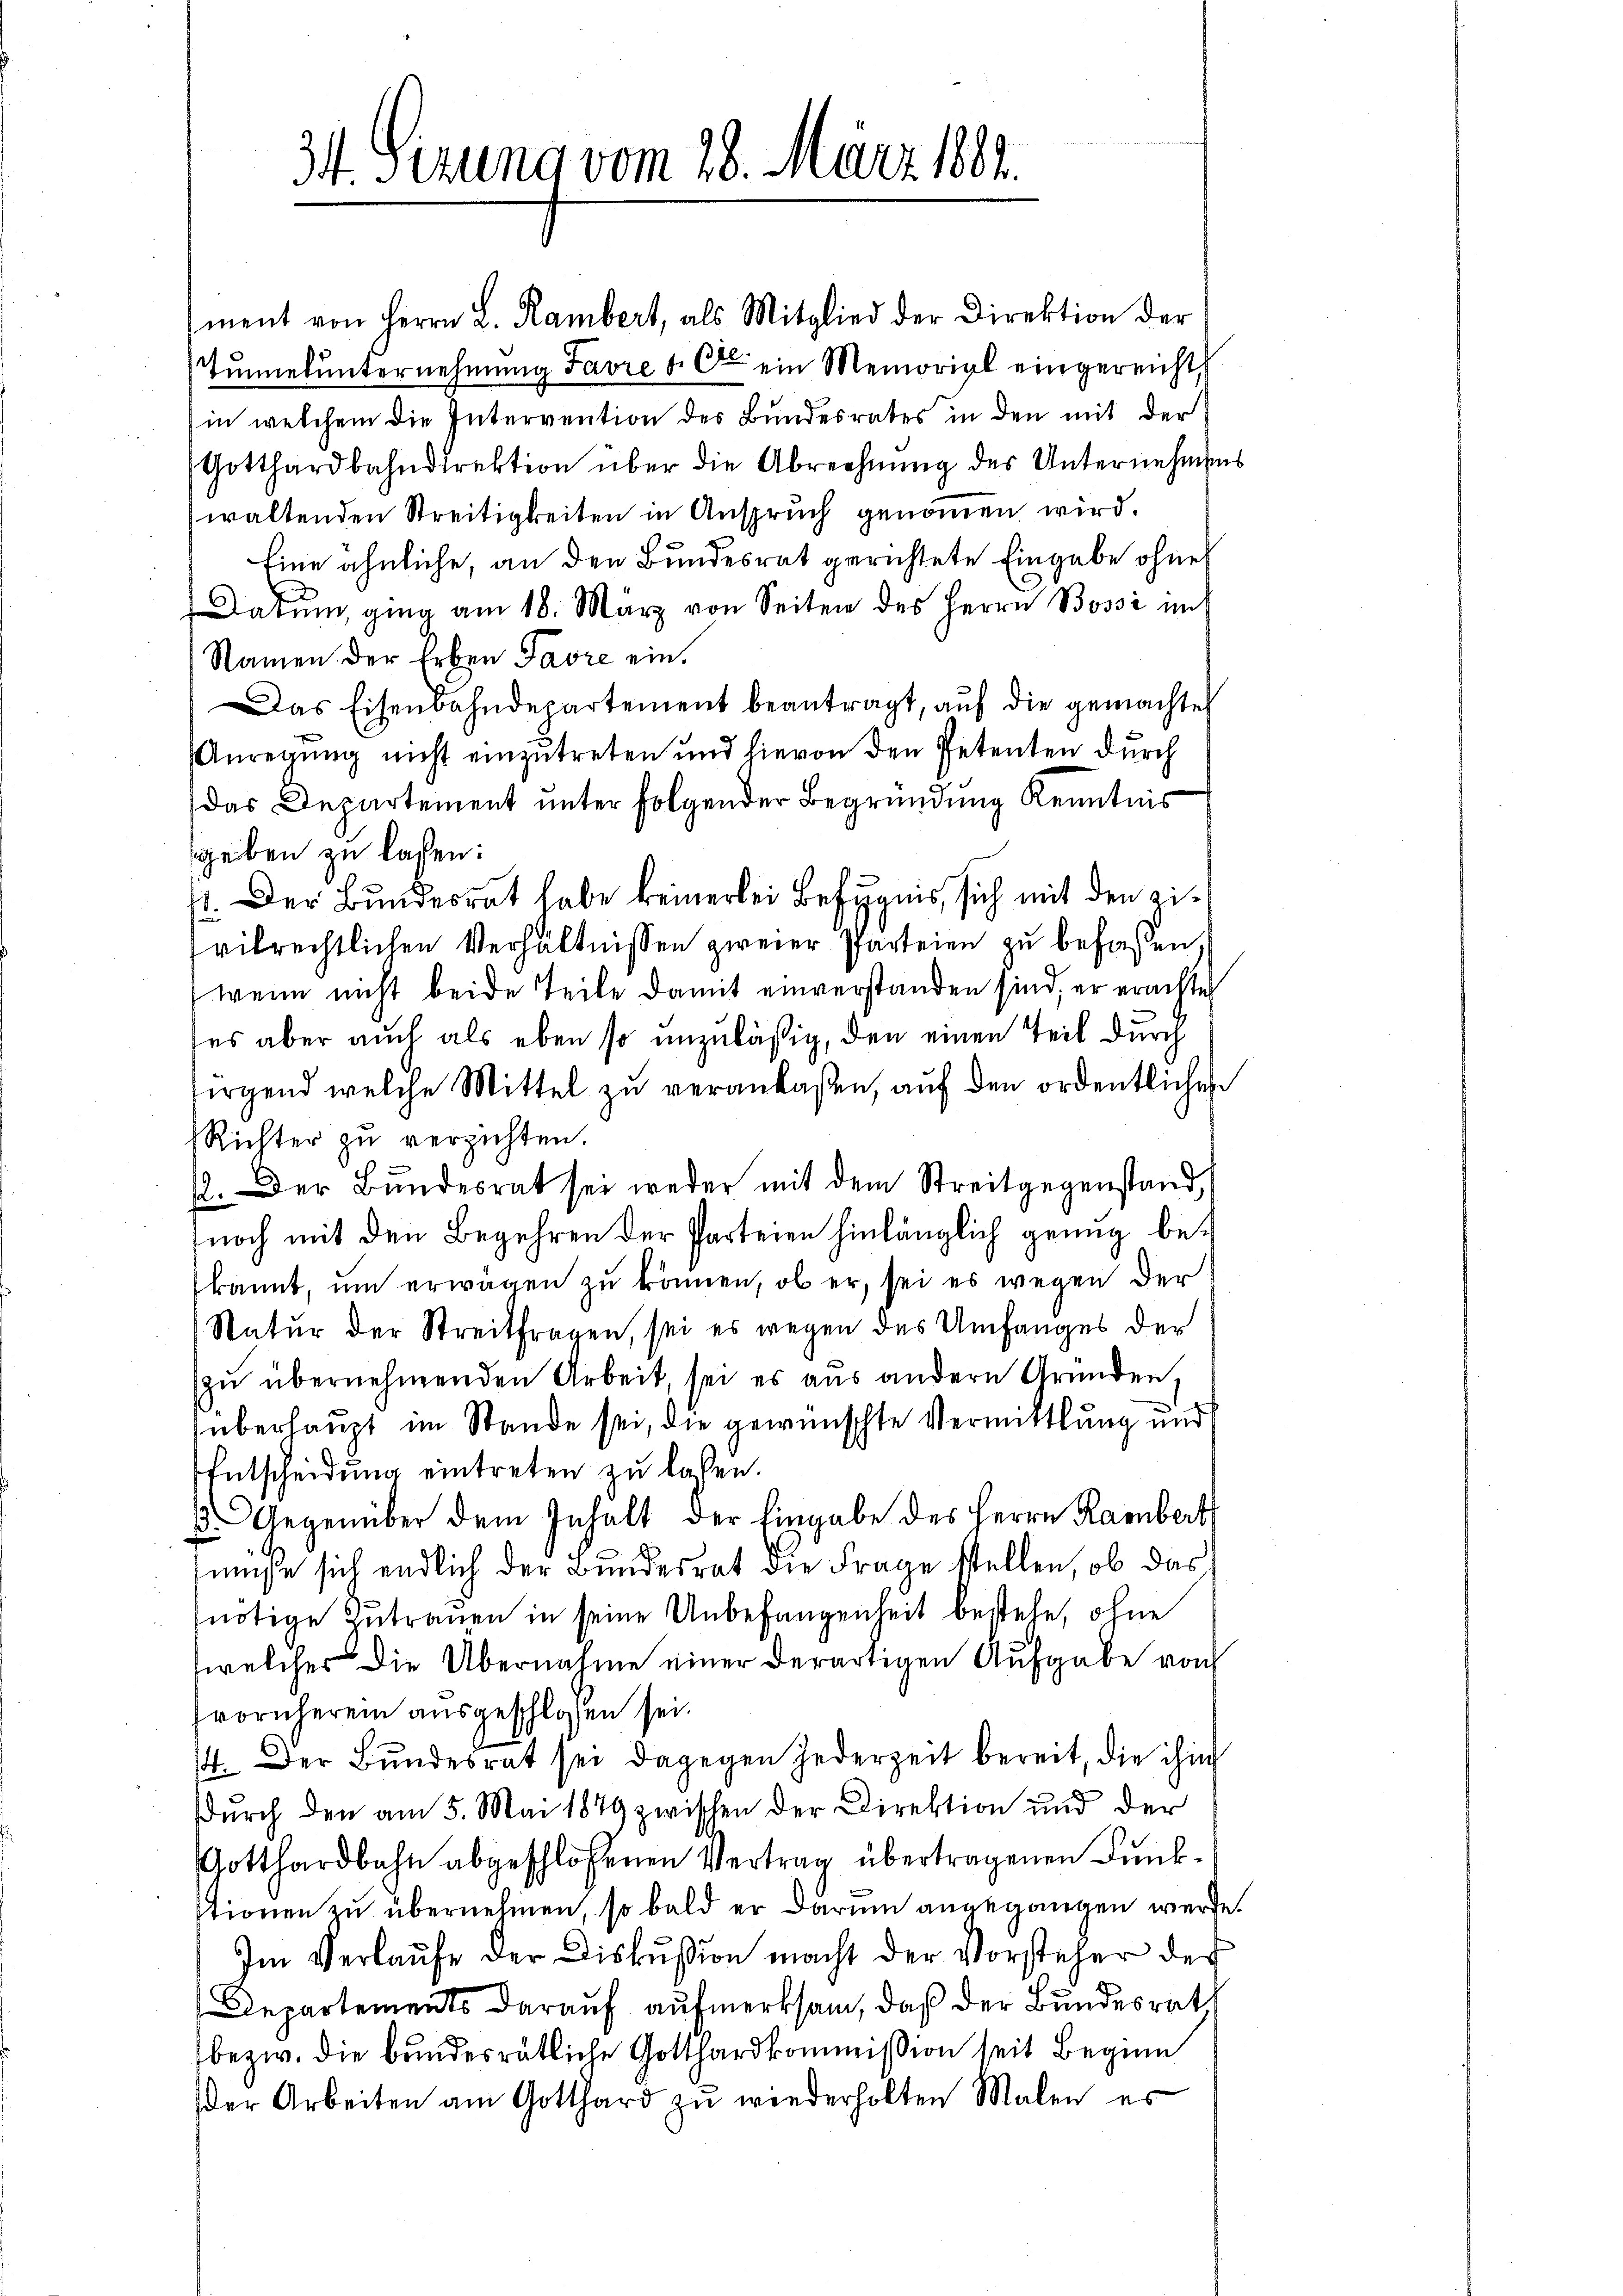
34 Sizung vom 28. März 1884.

Namen der Erben Favre ein.
das Departement unter folgender Begründung Kenntnis
geben zu lassen:
41. Der Bundesrat habe keinerlei Befugnis, sich mit den ziivilrechtlichen Verhältnissen zweier Parteien zu befassen.
wenn nicht beide Teile damit einverstanden sind, er erachtet
ses aber auch als eben so unzuläßig, den einen Teil durch
firgend welche Mittel zu veranlaßen, auf den ordentlichen
Richter zu verzichten.
2. Der Bundesrat sei weder mit dem Streitgegenstand,
noch mit den Begehren der Parteien hinlänglich genug bekannt, um erwägen zu können, ob er, sei es wegen der
Natur der Streitfragen, sei es wegen des Umfanges der
zu übernehmenden Arbeit, sei es aus andern Grunden
überhaupt im Stande sei, die gewünschte Vermittlung und
Entscheidung eintreten zu lassen.
. Gegenüber dem Inhalt der Eingabe des Herrn Rambert
müße sich endlich der Bundesrat die Frage stellen, ob das
nötige Zutrauen in seine Unbefangenheit bestehe, ohne
welcher die Übernahme einer derartigen Aufgabe von
vornherein ausgeschlossen sei.
14. Der Bundesrat sei dagegen jederzeit bereit, die ihm
Durch den am 5. Mai 1879 zwischen der Direktion und der
Gotthardbahn abgeschlossenen Vertrag übertragenen Funkstionen zu übernehmen, so bald er darum angegangen werde.
Im Verlaŭfe der Diskussion macht der Vorsteher der
Departements darauf aufmerksam, daß der Bundesrat
bezw. die bundesrätliche Gotthardkommission seit Beginn
der Arbeiten am Gotthard zŭ wiederholten Malen es

ment von Herrn L. Rambert, als Mitglied der Direktion der
Tunnerunternehmung Favre d. C. ein Memorial eingereicht,
in welchem die Intervention des Bundesrates in den mit der
Gotthardbahndirektion über die Abrechnŭng des Unternehmens
waltenden Streitigkeiten in Anspruch genommen wird.
Eine ähnliche, an den Bundesrat gerichtete Eingabe ohne
Datum, ging am 18. März von Seiten des Herrn Bossi im
Das Eisenbahndepartement beantragt, aŭf die gemachte
Anregung nicht einzutreten und hievon den Petenten durch